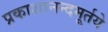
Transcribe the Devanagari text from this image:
प्रकाशानन्दमूर्तये